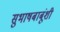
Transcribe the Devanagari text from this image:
सुभाषबाबूंशी